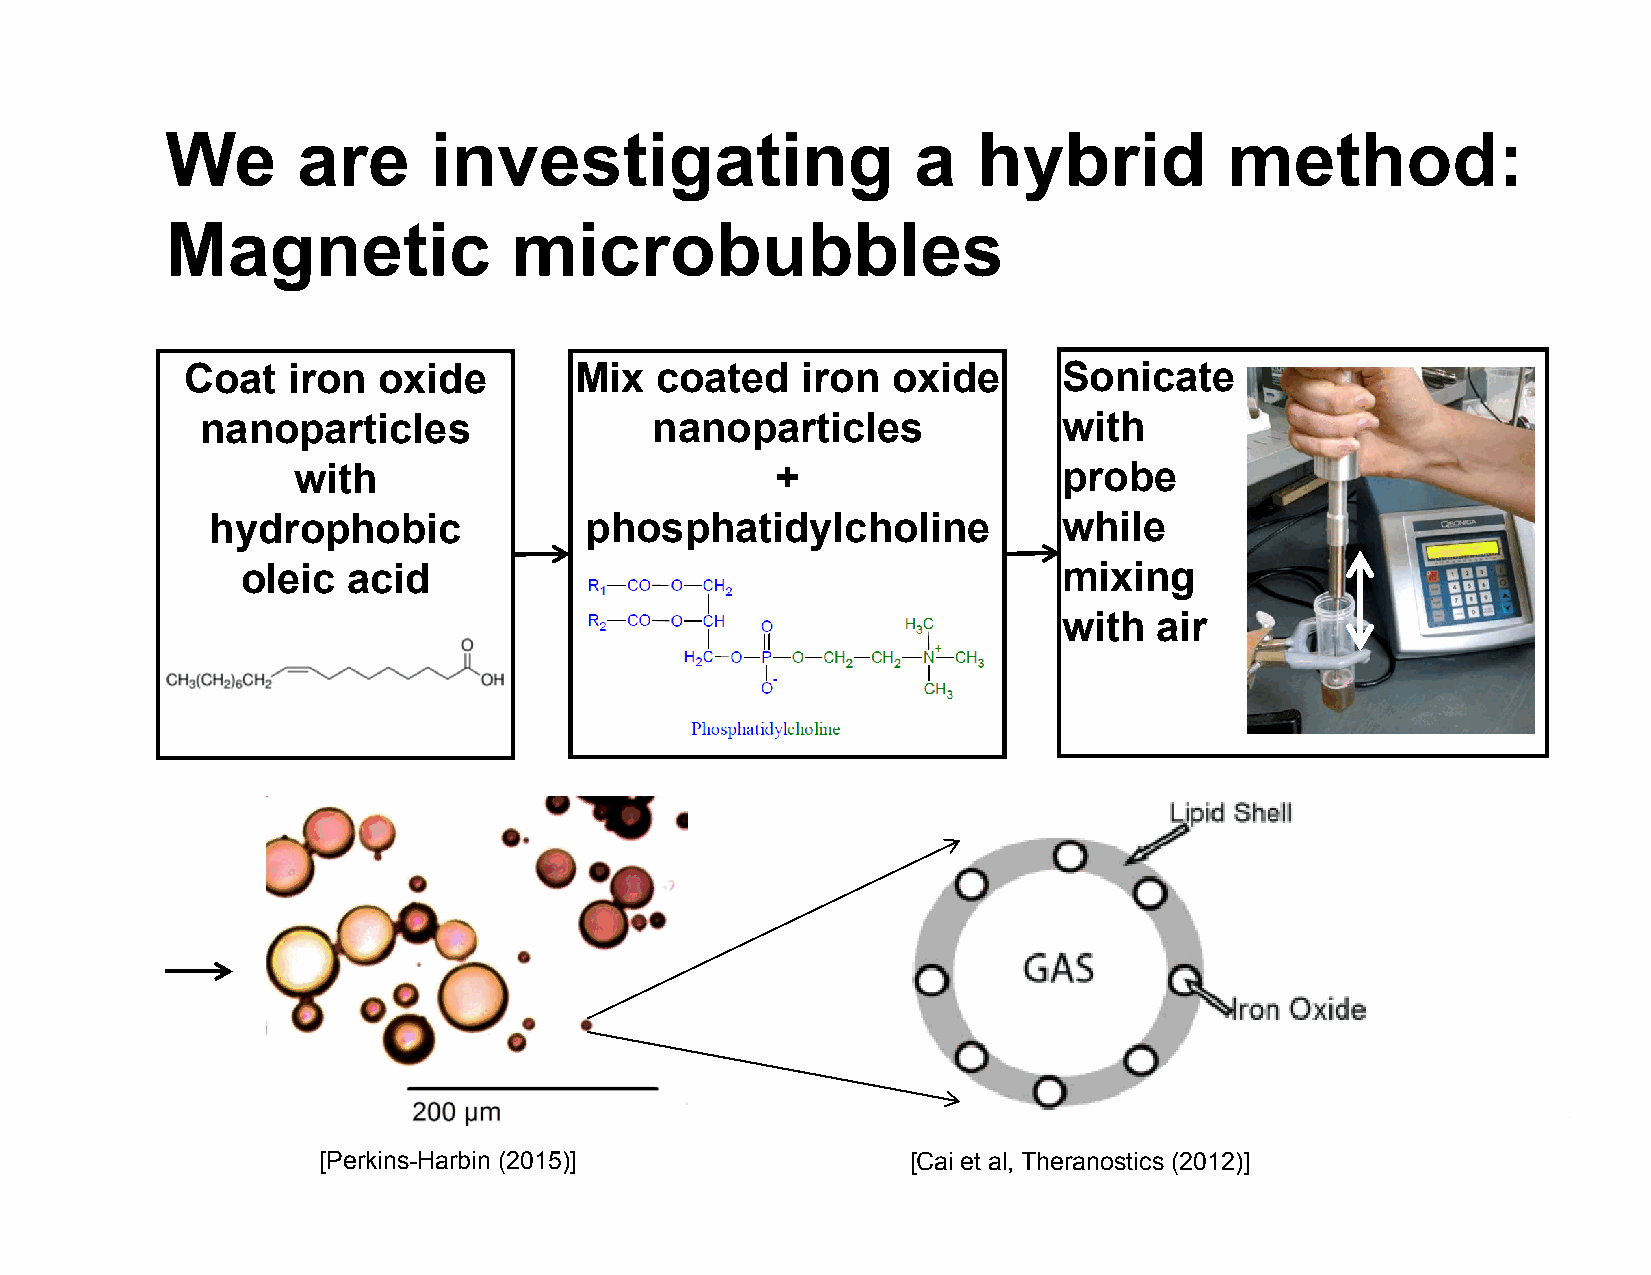
We       are     investigating                    a   hybrid          method:
 Magnetic               microbubbles
 Coat   iron  oxide        Mix  coated    iron  oxide      Sonicate
 nanoparticles                 nanoparticles              with
 with                            +                  probe
 hydrophobic              phosphatidylcholine            while
 oleic  acid                                           mixing
 with   air
 [Perkins-Harbin (2015)]                [Cai et al, Theranostics (2012)]